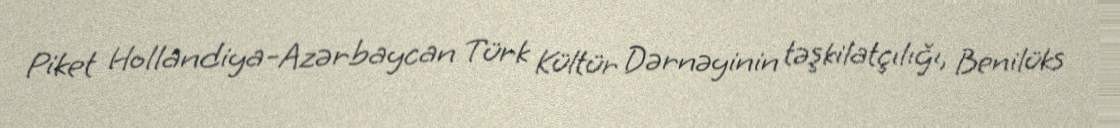
Piket Hollandiya-Azərbaycan Türk Kültür Dərnəyinin təşkilatçılığı, Benilüks